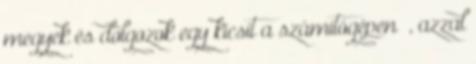
megyek és dolgozok egy kicsit a számítógépen ”, azzal